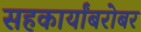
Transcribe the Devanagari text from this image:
सहकार्यांबरोबर